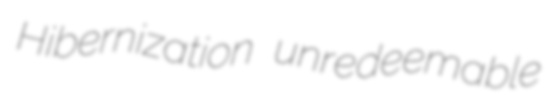
Hibernization unredeemable